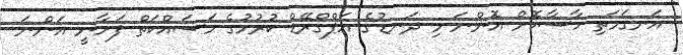
އަނގަމަތި ހާސާކޮށް އޮންނަ މި ދަނޑުގެ އަޕްގްރޭޑް ކުރުމުގެ މަސައްކަތް ފަށާނީ އަންނަ